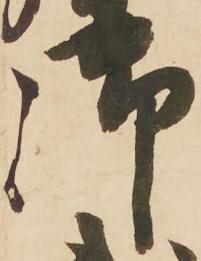
御